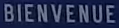
BIENVENUE